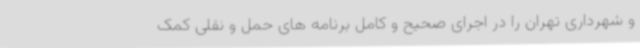
و شهرداری تهران را در اجرای صحیح و کامل برنامه های حمل و نقلی کمک